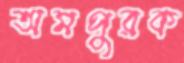
অমপুরক